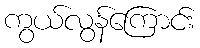
ကွယ်လွန်ကြောင်း